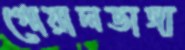
গোয়ালডাঙ্গা